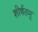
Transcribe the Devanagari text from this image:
शीर्षतम्